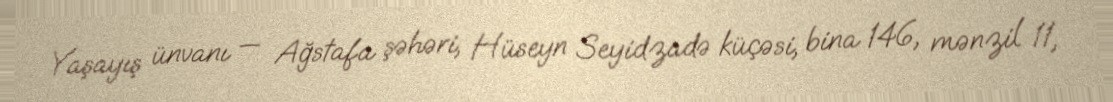
Yaşayış ünvanı — Ağstafa şəhəri, Hüseyn Seyidzadə küçəsi, bina 146, mənzil 11,